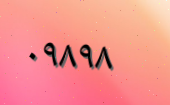
٠٩٨٩٨